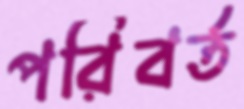
পরিবর্ত